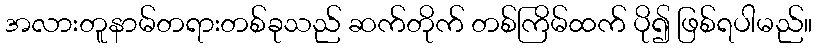
အလားတူနာမ်တရားတစ်ခုသည် ဆက်တိုက် တစ်ကြိမ်ထက် ပို၍ ဖြစ်ရပါမည်။